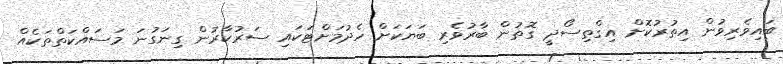
ބައިވެރިވުން އިތުރުކޮށް އިގްތިސޯދީ ގޮތުން ބާރުވެރި ބަޔަކަށް ހެދުމަށްޓަކައި ސަރުކާރުން ގިނަގުނަ މަސައްކަތްތަކެއް